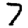
Digit: 7